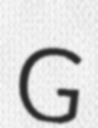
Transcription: G